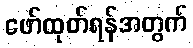
ဖော်ထုတ်ရန်အတွက်